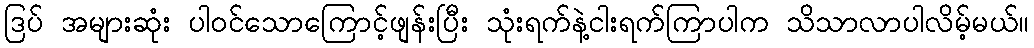
ဒြပ် အများဆုံး ပါဝင်သောကြောင့်ဖျန်းပြီး သုံးရက်နဲ့ငါးရက်ကြာပါက သိသာလာပါလိမ့်မယ်။